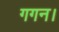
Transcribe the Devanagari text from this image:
गगन।